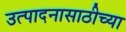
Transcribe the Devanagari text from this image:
उत्पादनासाठीच्या